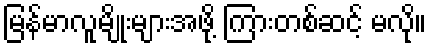
မြန်မာလူမျိုးများအဖို့ ကြားတစ်ဆင့် မလို။